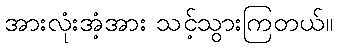
အားလုံးအံ့အား သင့်သွားကြတယ်။